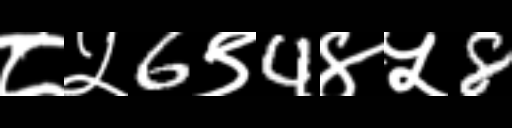
Text: ८५6९4४५8